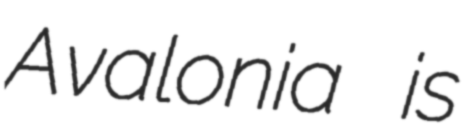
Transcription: Avalonia is